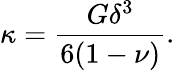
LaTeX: \kappa=\frac{G\delta^{3}}{6(1-\nu)}.